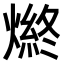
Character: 𤍑